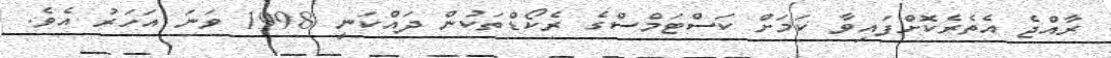
ރާއްޖެ އެތެރެކޮށްފައިވާ ކަމަށް ކަސްޓަމްސްގެ ރެކޯޑްތަކުން ދައްކަނީ 1998 ވަނަ އަހަރު އެވެ.